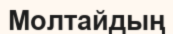
Молтайдың